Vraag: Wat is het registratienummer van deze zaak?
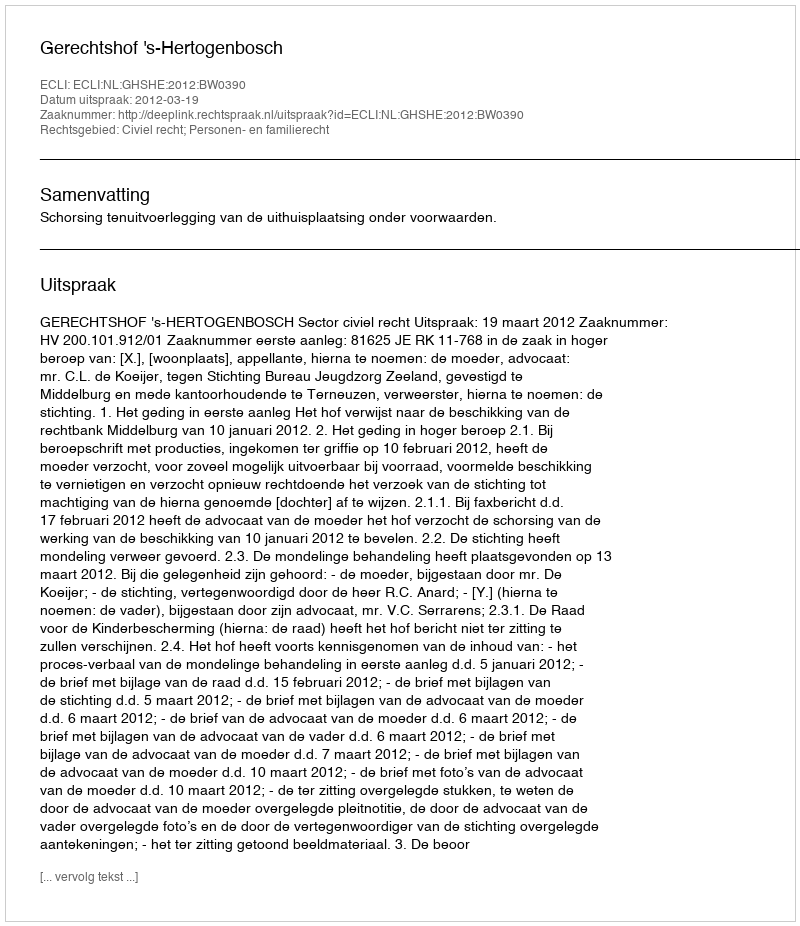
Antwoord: http://deeplink.rechtspraak.nl/uitspraak?id=ECLI:NL:GHSHE:2012:BW0390